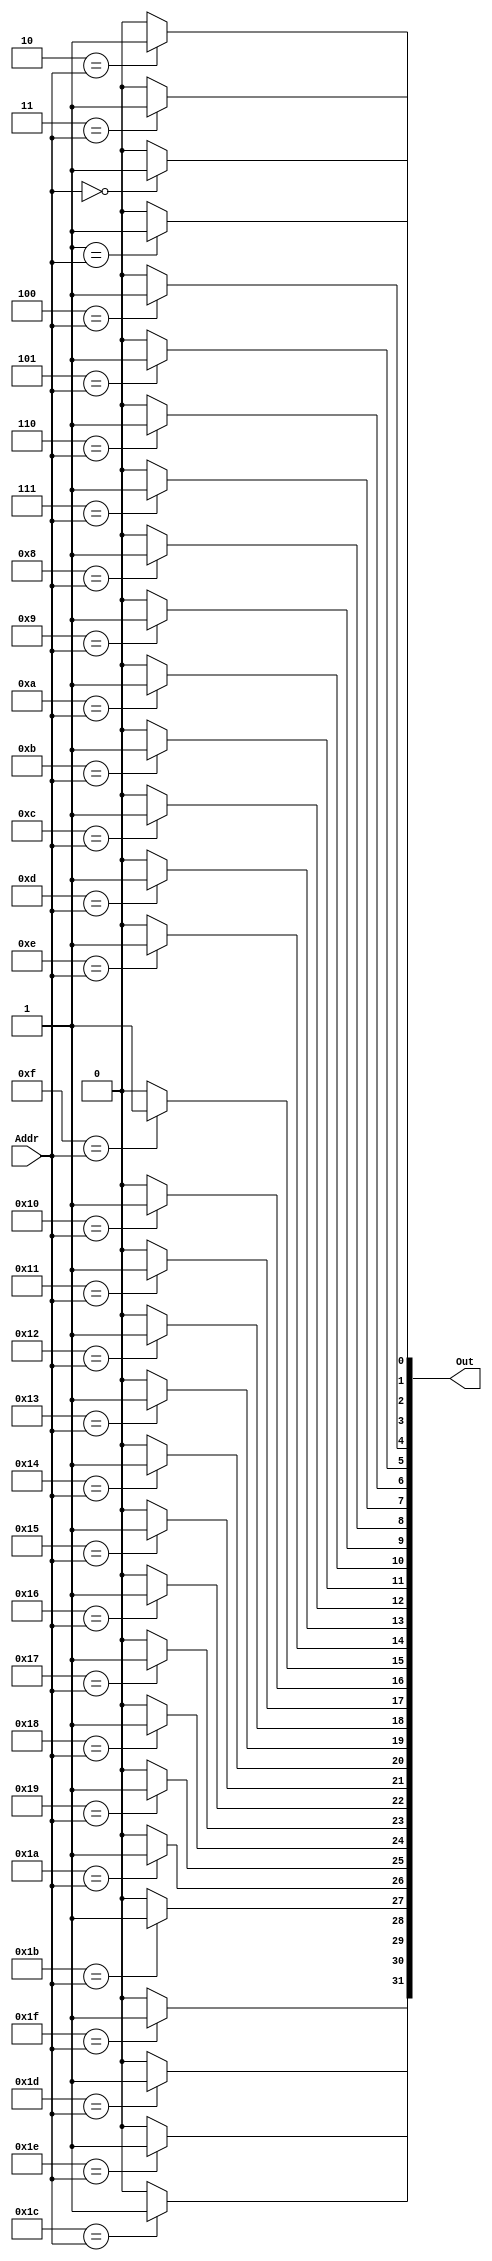
`timescale 1ns / 1ps

////////////////////////////////////////////////////////////////////////////////
//
// Design Name:
// Module Name:   DECODER_5_32
// Project Name:  Digital_Hardware_Systems
//
// Description: 
//
//     Get an input Address and outputs to a Bus. The only data line in the bus with vALUe 1 is the line with 
//     Address same as the input address. Every other line is 0.
//
// Dependencies:
// 
// 
////////////////////////////////////////////////////////////////////////////////

module DECODER_5_32
    #(parameter OUTPUTS = 32,       // The output bus size.
      parameter ADDR = 5)           // The address size
    (input [ADDR - 1:0] Addr,       // The input address
    output reg [OUTPUTS - 1:0] Out  // The output bus. Only the Addr line of the bus is 1 at all times
    );

    integer i;

    always @(Addr) begin

        // For all the lines in the bus...
        for(i = 0; i < OUTPUTS; i = i + 1) begin
            // If the line address matches the input Addr...
            if (i == Addr) begin
                Out[i] = 1;  // ...make the output 1
            end else begin
                Out[i] = 0;  // ...else make the output 0.
            end
        end
    end


endmodule